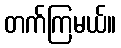
တက်ကြမယ်။